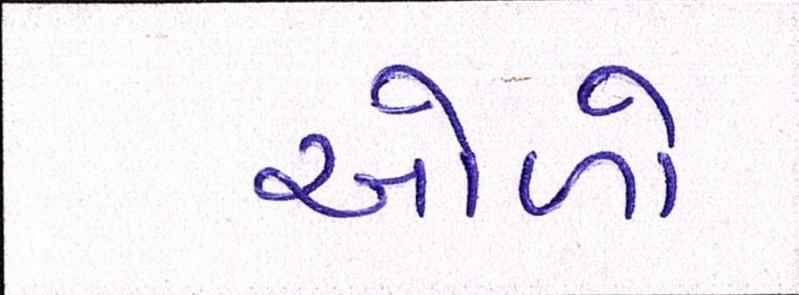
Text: ઓળો